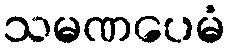
သမဏပေမံ